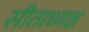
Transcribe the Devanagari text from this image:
सीताध्यक्ष